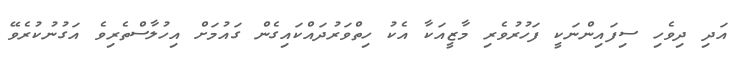
އަދި ދިވެހި ސިފައިންނަކީ ފަހުރުވެރި މާޒީއަކާ އެކު ހިތްވަރުދައްކައިގެން ގައުމަށް އިހުލާސްތެރިވެ އަގުނުކުރެވޭ